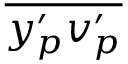
\overline { { { y _ { p } ^ { \prime } } { v _ { p } ^ { \prime } } } }